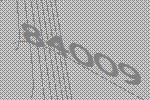
84009